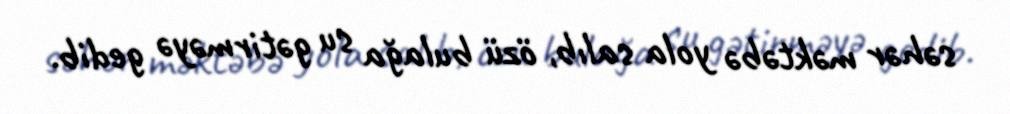
səhər məktəbə yola salıb, özü bulağa su gətirməyə gedib.